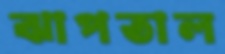
ঝাপতাল